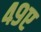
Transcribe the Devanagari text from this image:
४९ए